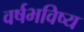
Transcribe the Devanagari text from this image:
वर्षभविष्य